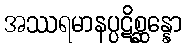
အဿရမာနပ္ပဋိစ္ဆန္နော